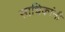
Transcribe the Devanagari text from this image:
साधिकांनी